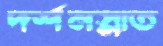
দর্শনস্নাত